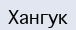
Хангук